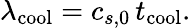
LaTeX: \lambda_{\mathrm{cool}}=c_{s,0}\, t_{\mathrm{cool}}.